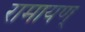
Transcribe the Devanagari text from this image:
रामायण्